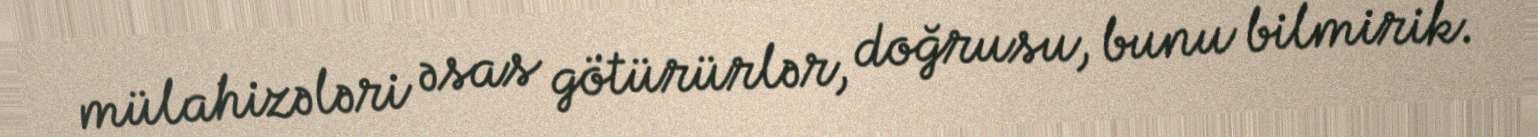
mülahizələri əsas götürürlər, doğrusu, bunu bilmirik.